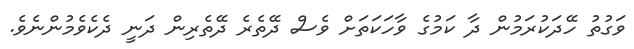
ވަގުތު ހޭދަކުރަމުން ދާ ކަމުގެ ވާހަކަތަށް ވެސް ދޭތެރެ ދޭތެރިން ދަނީ ދެކެވެމުންނެވެ.